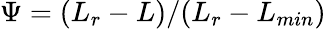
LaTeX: \Psi=(L_{r}-L)/(L_{r}-L_{min})